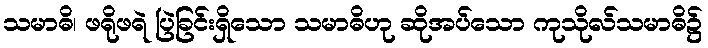
သမာဓိ၊ ဖရိုဖရဲ ပြဲခြင်းရှိသော သမာဓိဟု ဆိုအပ်သော ကုသိုလ်သမာဓိ၌